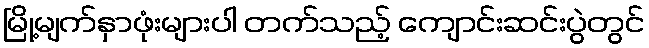
မြို့မျက်နှာဖုံးများပါ တက်သည့် ကျောင်းဆင်းပွဲတွင်